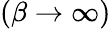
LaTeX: (\beta\to\infty)